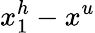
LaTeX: x_{1}^{h}-x^{u}